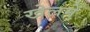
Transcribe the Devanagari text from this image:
खेलमें